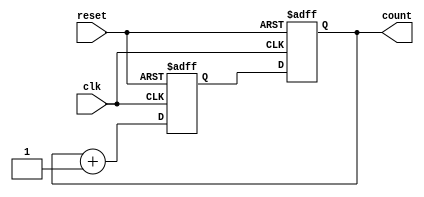
module GrayCounter(
    input wire clk,
    input wire reset,
    output reg [3:0] count
);

reg [3:0] next_count;

always @(posedge clk or posedge reset) begin
    if (reset) begin
        count <= 4'b0000; // Initial value
        next_count <= 4'b0001;
    end else begin
        count <= next_count;
        next_count <= count + 1;
    end
end

endmodule